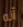
أنه